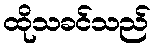
ထိုသခင်သည်